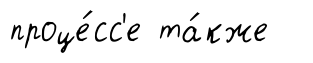
проце́сс'е та́кже